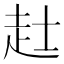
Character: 𧺑